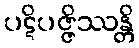
ပဋိပဇ္ဇိဿန္တိ